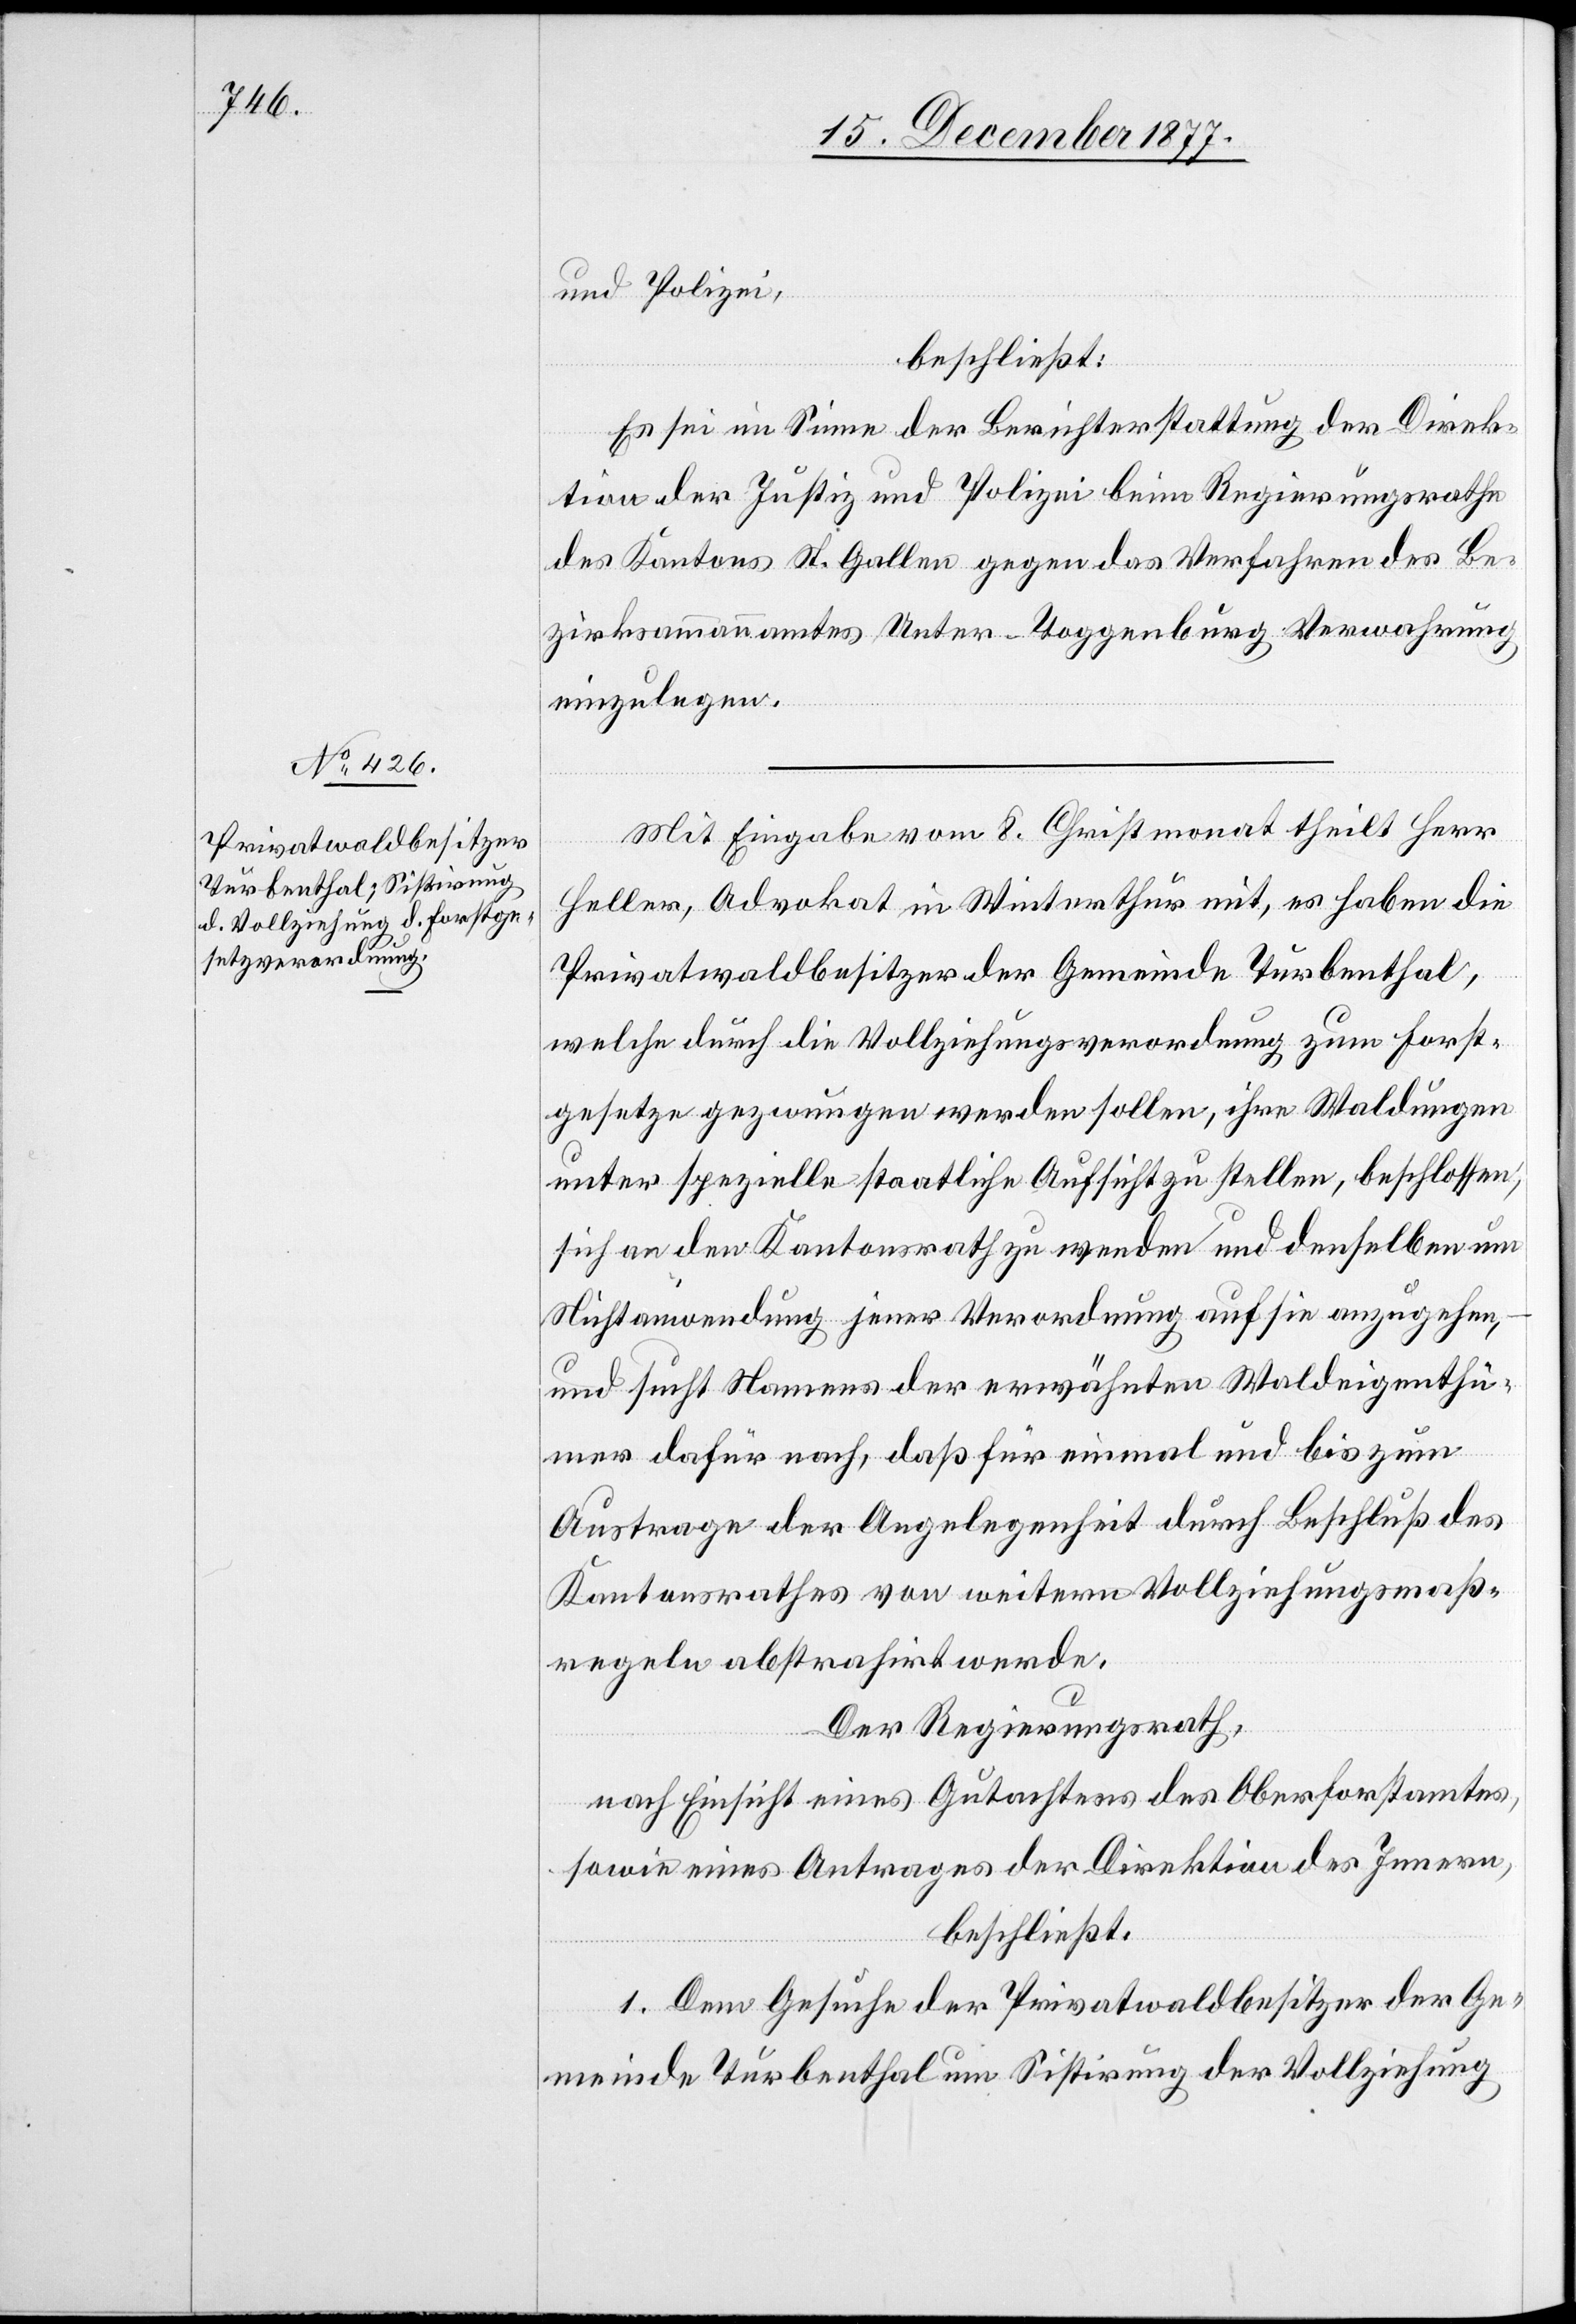
und Polizei,
beschließt:
Es sei im Sinne der Berichterstattung der Direk¬
tion der Justiz und Polizei beim Regierungsrathe
des Kantons St. Gallen gegen das Verfahren des Be¬
zirksammannamtes Unter-Toggenburg Verwahrung
einzulegen.
Mit Eingabe vom 8. Christmonat theilt Herr
Heller, Advokat in Winterthur mit, es haben die
Privatwaldbesitzer der Gemeinde Turbenthal,
welche durch die Vollziehungsverordnung zum Forst¬
gesetze gezwungen werden sollen, ihre Waldungen
unter spezielle staatliche Aufsicht zu stellen, beschlossen,
sich an den Kantonsrath zu wenden und denselben um
Nichtanwendung jener Verordnung auf sie anzugehen,
und sucht Namens der erwähnten Waldeigenthü¬
mer dafür nach, daß für einmal und bis zum
Austrage der Angelegenheit durch Beschluß des
Kantonsrathes von weitern Vollziehungsmaß¬
regeln abstrahirt werde.
Der Regierungsrath,
nach Einsicht eines Gutachtens des Oberforstamtes,
sowie eines Antrages der Direktion des Innern,
beschließt:
1. Dem Gesuche der Privatwaldbesitzer der Ge¬
meinde Turbenthal um Sistirung der Vollziehung